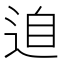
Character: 𲅘